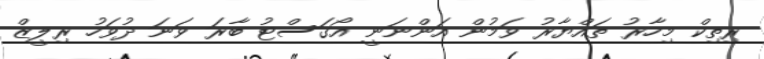
ރިތިކް މިހާރު ތައްޔާރު ވަމުން އަންނަނީ އޯގަސްޓު ބާރަ ވަނަ ދުވަހު ރިލީޒް